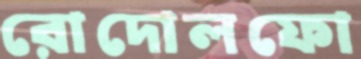
রোদোলফো